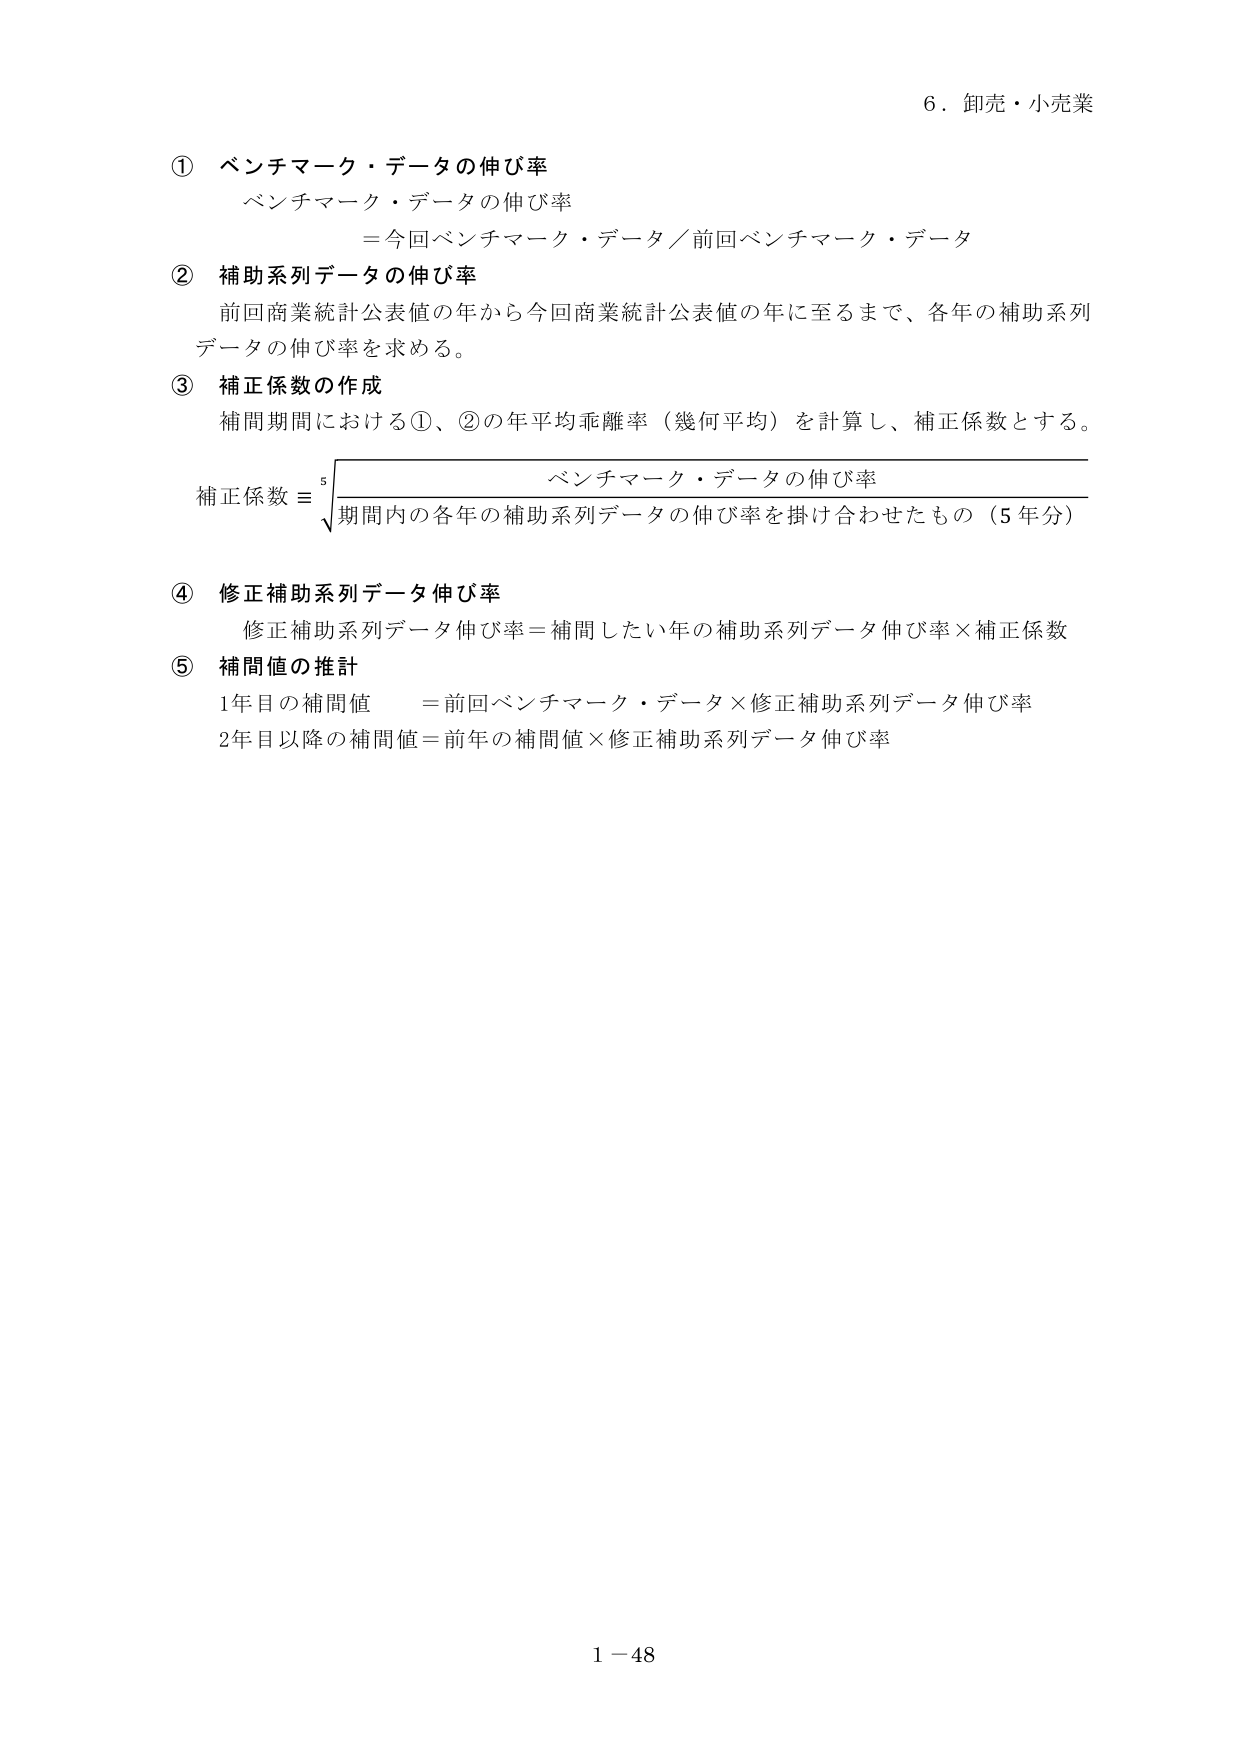
6．卸売・小売業

① ベンチマーク・データの伸び率
　ベンチマーク・データの伸び率
　＝今回ベンチマーク・データ／前回ベンチマーク・データ

② 補助系列データの伸び率
　前回商業統計公表値の年から今回商業統計公表値の年に至るまで、各年の補助系列データの伸び率を求める。

③ 補正係数の作成
　補間期間における①、②の年平均乖離率（幾何平均）を計算し、補正係数とする。
　補正係数 ＝ √[ベンチマーク・データの伸び率 / 期間内の各年の補助系列データの伸び率を掛け合わせたもの（5年分）]
　（注：ルート記号の上に「5」が付いており、5乗根を表す）

④ 修正補助系列データ伸び率
　修正補助系列データ伸び率＝補間したい年の補助系列データ伸び率×補正係数

⑤ 補間値の推計
　1年目の補間値　＝前回ベンチマーク・データ×修正補助系列データ伸び率
　2年目以降の補間値＝前年の補間値×修正補助系列データ伸び率

1－48